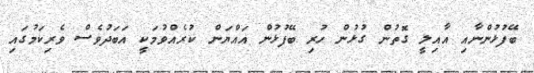
ބޭފުޅުންނާއި އާއިލީ ގޮތުން ގުޅުން ހުރި ބޭފުޅުން އައްޔަން ކުރެއްވުމަކީ އަބަދުވެސް ވެރިކަމުގައި